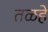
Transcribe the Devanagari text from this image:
तळहे